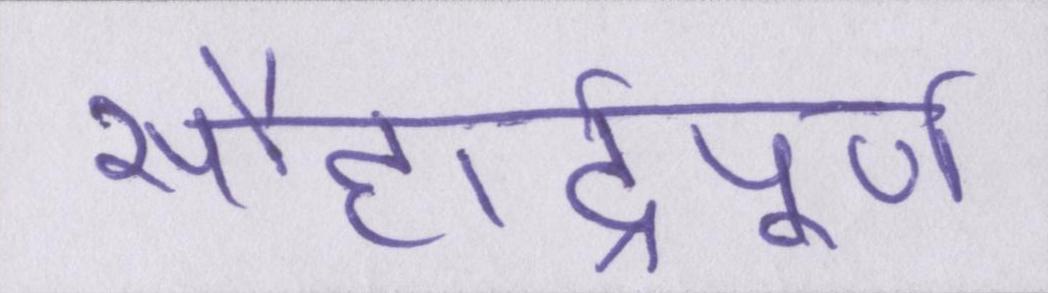
सौहार्द्रपूर्ण